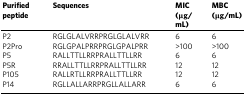
| Purified peptide | Sequences | MIC (μg/mL) | MBC (μg/mL) |
 | --- | --- | --- | --- |
 | P2 | RGLGLALVRRPRGLGLALVRR | 6 | 6 |
 | P2Pro | RGLGPALPRRPRGLGPALPRR | >100 | >100 |
 | P5 | RALLTTLLRRPRALLTTLLRR | 6 | 6 |
 | P5R | RRALLTTLLRRPRALLTTLLRR | 12 | 12 |
 | P105 | RALLRTLLRRPRALLTTLLRR | 12 | 12 |
 | P14 | RGLLALLARRPRGLLALLARR | 6 | 6 |